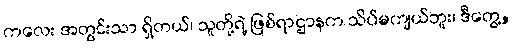
ကလေး အတွင်းသာ ရှိတယ်၊ သူတို့ရဲ့ ဖြစ်ရာဌာနက သိပ်မကျယ်ဘူး၊ ဒီတွေ့,